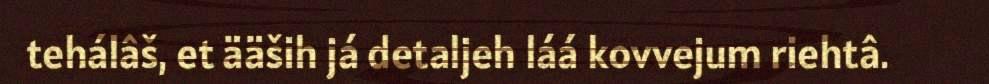
tehálâš, et ääših já detaljeh láá kovvejum riehtâ.